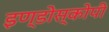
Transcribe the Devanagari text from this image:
इण्डोस्कोपी